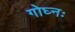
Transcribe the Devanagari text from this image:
गोघ्नः